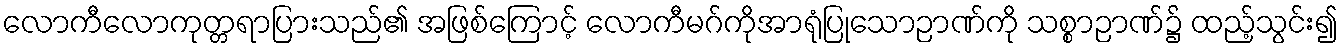
လောကီလောကုတ္တရာပြားသည်၏ အဖြစ်ကြောင့် လောကီမဂ်ကိုအာရုံပြုသောဉာဏ်ကို သစ္စာဉာဏ်၌ ထည့်သွင်း၍